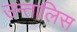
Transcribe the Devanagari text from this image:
उन्तालिस